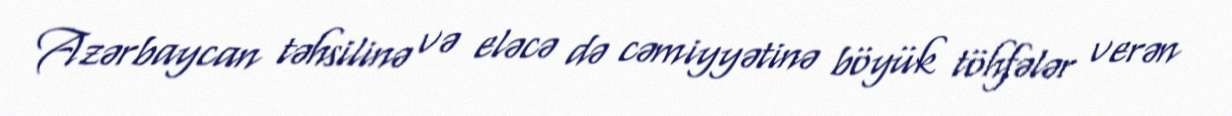
Azərbaycan təhsilinə və eləcə də cəmiyyətinə böyük töhfələr verən